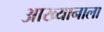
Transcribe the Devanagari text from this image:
आख्यानाला